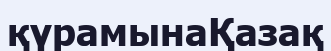
қүрамынаҚазақ